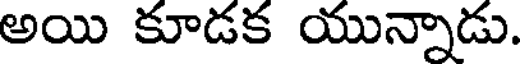
అయి కూడక యున్నాడు.